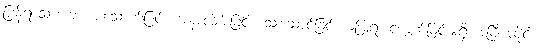
ပြန်ရသောအခါ စားသောက်ခြင်း၊ အနာလိမ်းခြင်း၊ သုံးဆောင်ခြင်း မပြုရ၊ ငဲ့ကွက်ခြင်းမရှိ အပြီးအပိုင်